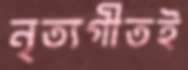
নৃত্যগীতই